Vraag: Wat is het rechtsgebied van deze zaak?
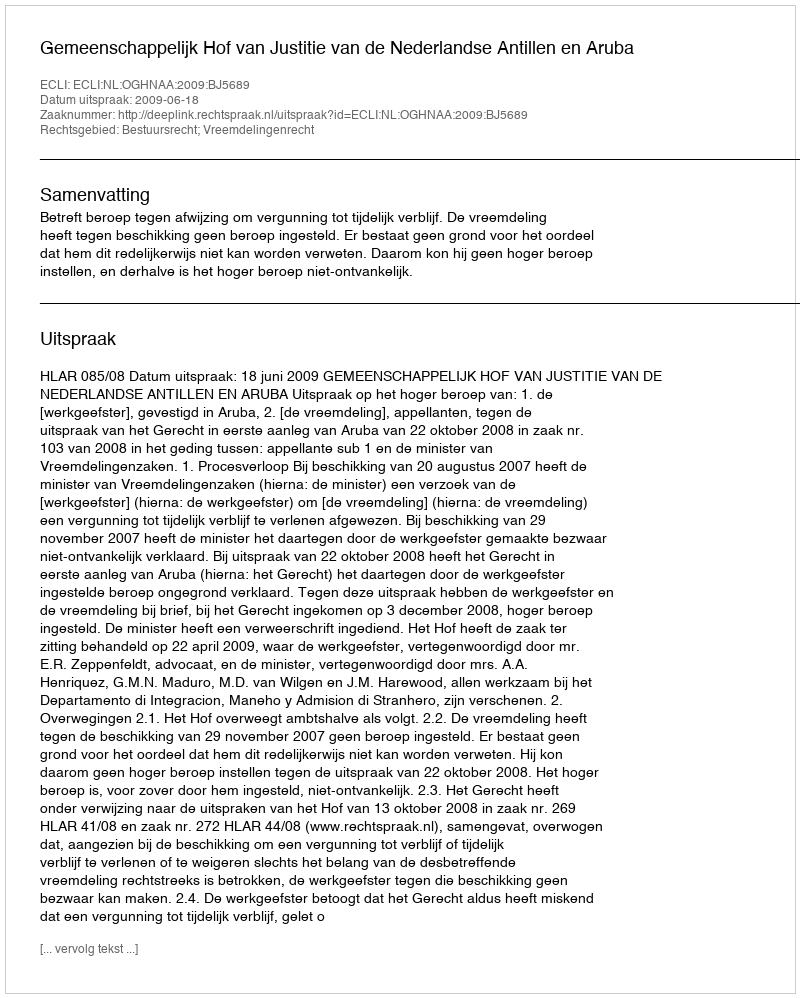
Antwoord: Bestuursrecht; Vreemdelingenrecht